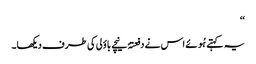
‘‘
یہ کہتے ہُوئے اس نے دفعتہً نیچے باؤلی کی طرف دیکھا۔